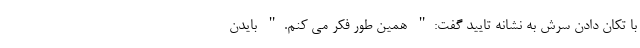
با تکان دادن سرش به نشانه تایید گفت:" همین طور فکر می کنم." بایدن